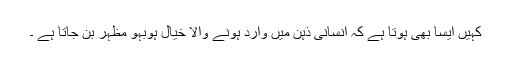
کہیں ایسا بھی ہوتا ہے کہ انسانی ذہن میں وارد ہونے والا خیال ہوبہو مظہر بن جاتا ہے ۔